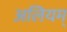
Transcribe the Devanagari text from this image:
अलियम्